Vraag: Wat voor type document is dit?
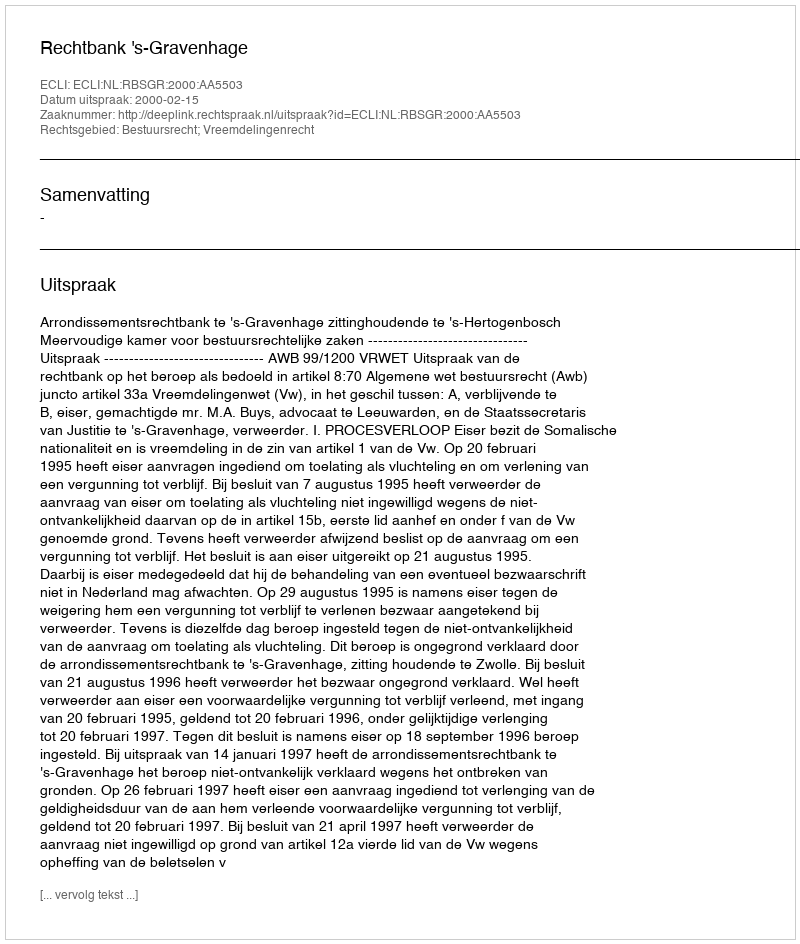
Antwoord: Uitspraak